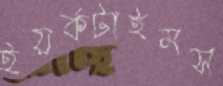
ইয়র্কটাইমস